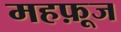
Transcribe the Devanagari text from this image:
महफ़ूज